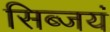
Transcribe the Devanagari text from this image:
सिब्जयं